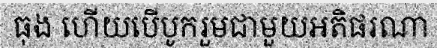
ធុង ហើយបើបូករួមជាមួយអតិផរណា